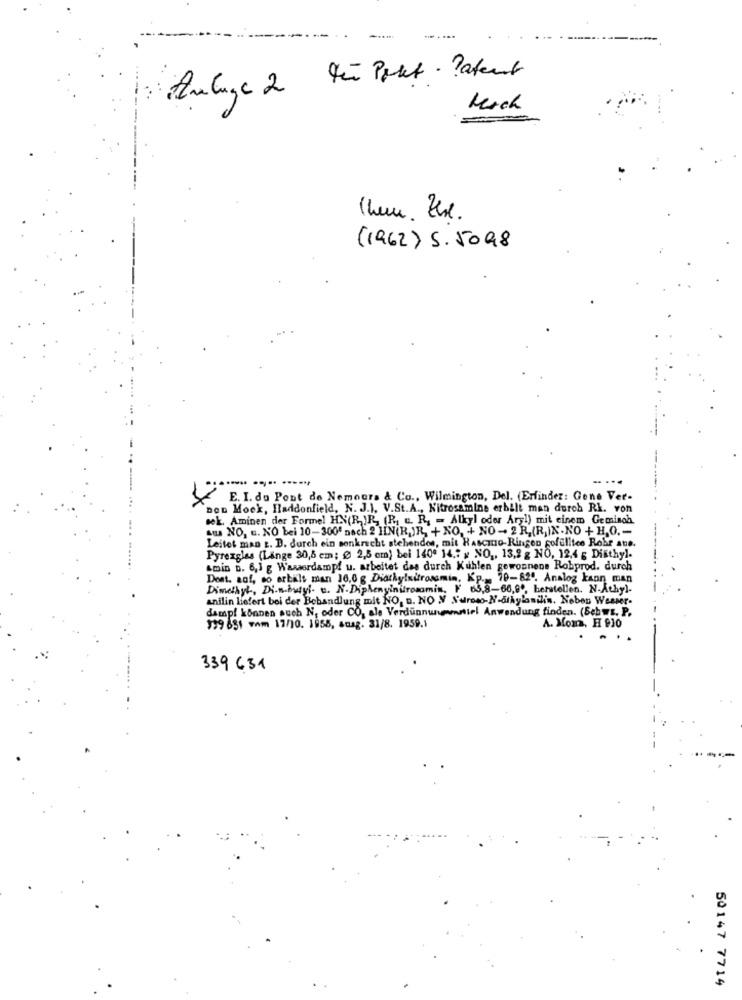
- .
Anlage 2 tun Port. Patent
Mach
Them. Zur.
(1962) 5.5098
E. I. du Pont de Nemours & Co ., Wilmington, Del. (Erfinder: Gone Ver-
Den Mock, Haddonfield, N. J.). V.St.A ., Nitrosamine erbilt man durch Rk. von
sek. Aminen der Formel HN(R, IR, (R. u. R. - Alkyl oder Aryl) mit einem Gemisch
su NO, u. NO bei 10-300" nach ? HIN(RJR, + NO, + NO- 2R.(R,IN.NO + H,0 .-
Leitet man t. D. durch ein senkrecht stehendes, mit Hasczno-Ringen pofulltce Robe ate.
Pyrexglas (Lange 30,5 cm; @ 2,5 cm) bei 1400 14 .: x NO ,, 13,2 g NO, 12,4 5 Disthyl.
smin D. 6,1 g Wasserdampf u. arbeitet das durch Kuhlen gewonnene Robprod. durch
Dest. auf, so arbalt man 10,0 g Dialkylsitrossmin. KP .- 70-820. Analog kann man
Dimethyl, Di.n-butyl- u. N. Diphenylnitrosomit, F 65,8-66,99, herstellen. N.Athy).
anilin liefert bei der Behandlung mit NO, D. NO V Naroso-N-alkylasilin. Neben Weener.
dampf können such N, oder CO, ale Verdünnungamstiel Anwendung finden. (Schwe. P.
A. Mom, H PIO
399631 wam 17/10. 1955, suag. 31/8. 1959.1
339 631
50147 7714